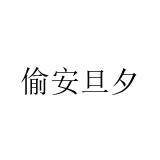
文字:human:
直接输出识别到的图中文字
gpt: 偷安旦夕